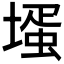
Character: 𡐆